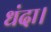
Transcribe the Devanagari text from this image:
धंदा।